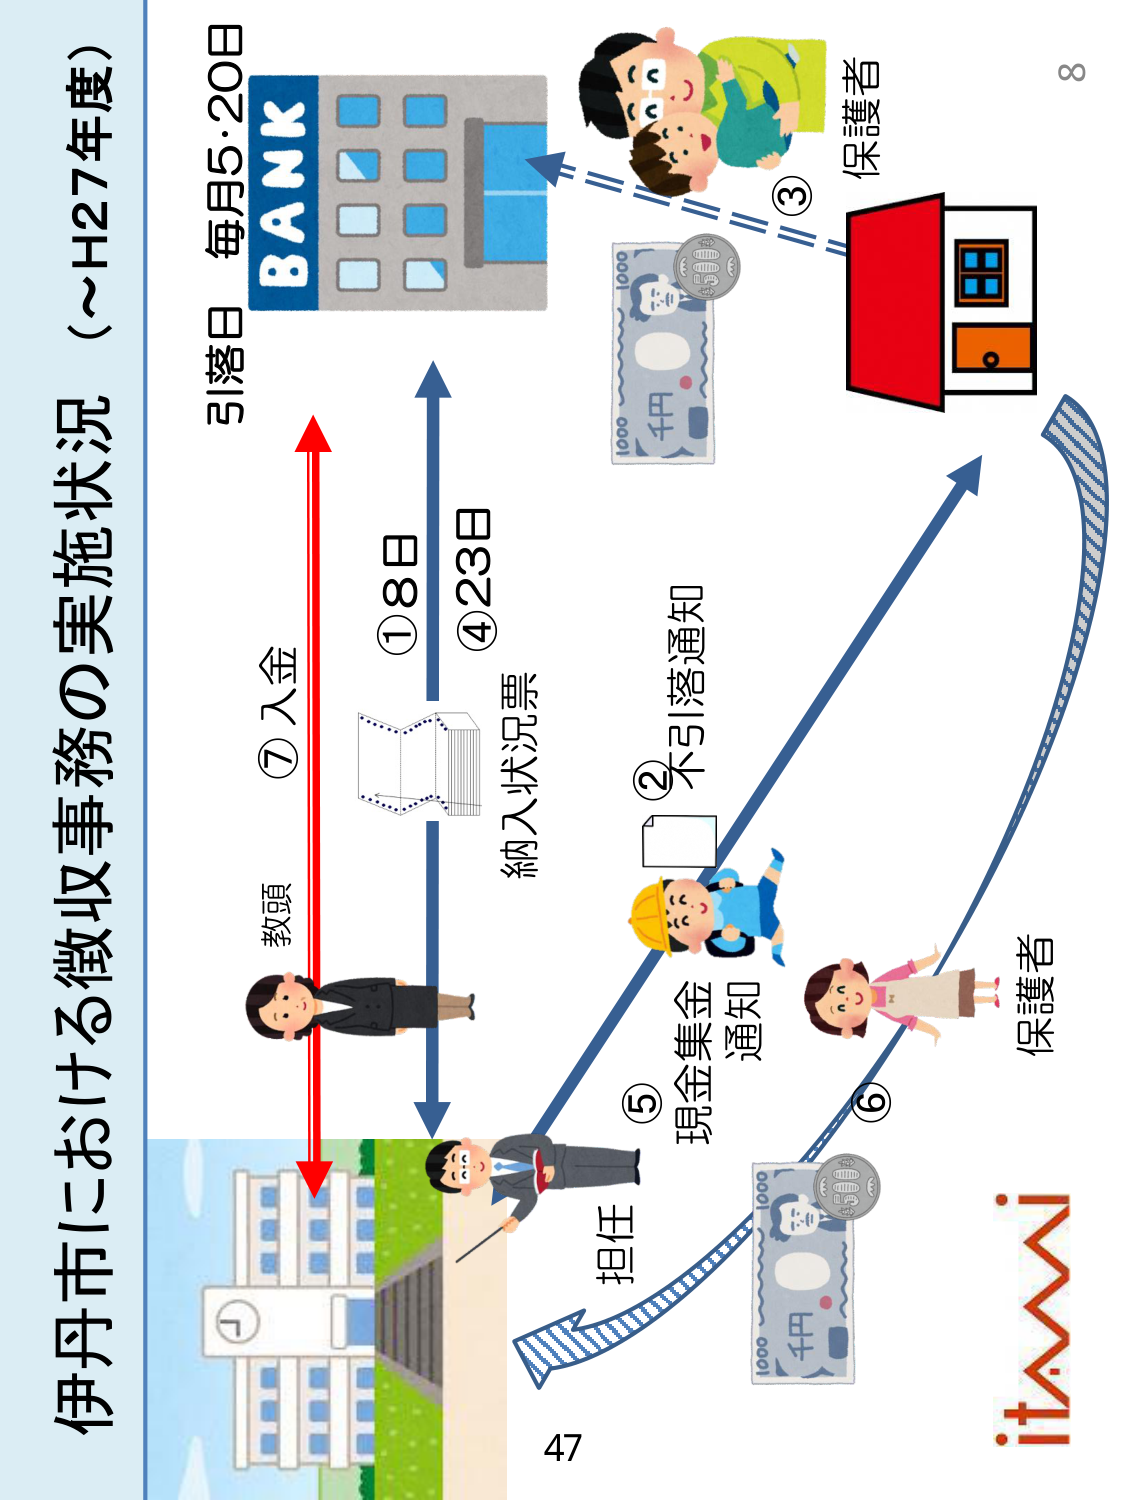
伊丹市における徴収事務の実施状況（～H27年度）

引落日 毎月5・20日

BANK

③ 保護者

② 不引落通知

① 8日

④ 23日

納入状況票

⑦ 入金

教頭

⑤ 現金集金 通知

⑥

保護者

担任

itami

47

8